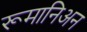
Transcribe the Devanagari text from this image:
रूमानिअन